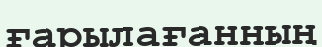
ғарылағанның